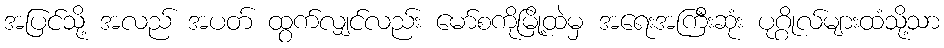
အပြင်သို့ အလည် အပတ် ထွက်လျှင်လည်း မော်စကိုမြို့ထဲမှ အရေးအကြီးဆုံး ပုဂ္ဂိုလ်များထံသို့သာ